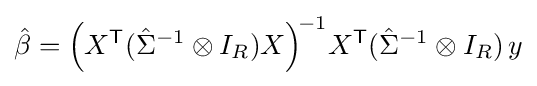
{\hat {\beta }}={\Big (}X^{\mathsf {T}}({\hat {\Sigma }}^{-1}\otimes I_{R})X{\Big )}^{\!-1}X^{\mathsf {T}}({\hat {\Sigma }}^{-1}\otimes I_{R})\,y